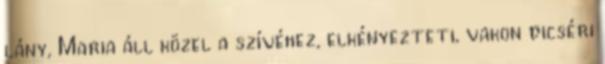
lány, Maria áll közel a szívéhez, elkényezteti, vakon dicséri